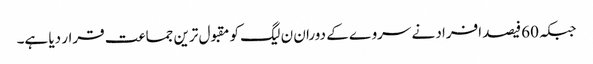
جبکہ 60فیصد افراد نے سروے کے دوران ن لیگ کو مقبول ترین جماعت قرار دیا ہے۔